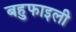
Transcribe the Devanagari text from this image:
बहुफाइली